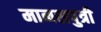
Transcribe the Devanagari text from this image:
मानसपुत्री